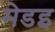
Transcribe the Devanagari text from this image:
मेडइ